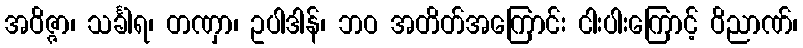
အဝိဇ္ဇာ၊ သင်္ခါရ၊ တဏှာ၊ ဥပါဒါန်၊ ဘဝ အတိတ်အကြောင်း ငါးပါးကြောင့် ဝိညာဏ်၊